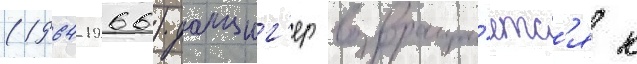
(1964-1966) данциг'ер возвраща́етс'я к